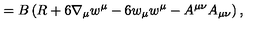
= B \left( R + 6 \nabla _ { \mu } w ^ { \mu } - 6 w _ { \mu } w ^ { \mu } - A ^ { \mu \nu } A _ { \mu \nu } \right) ,